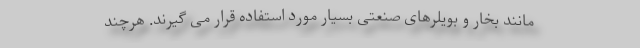
مانند بخار و بویلرهای صنعتی بسیار مورد استفاده قرار می گیرند. هرچند